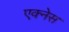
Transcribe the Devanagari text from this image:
एक्नेस